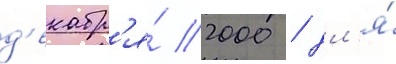
д'екабр'я́ 2000 / дл'я́